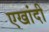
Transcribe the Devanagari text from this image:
एखांदी